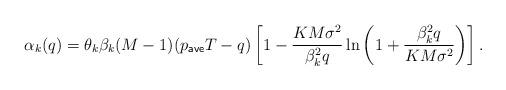
LaTeX: \begin{align*} \alpha_k(q)= \theta_k \beta_k (M-1) (p_{\sf ave} T - q) \left[1- \frac{K M \sigma^2}{\beta_k^2 q} \ln \left( 1+ \frac{\beta_k^2 q}{K M \sigma^2} \right) \right]. \end{align*}